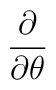
\frac{\partial }{\partial \theta }\protect \protect